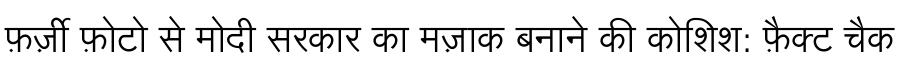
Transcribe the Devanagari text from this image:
फ़र्ज़ी फ़ोटो से मोदी सरकार का मज़ाक बनाने की कोशिश: फ़ैक्ट चैक